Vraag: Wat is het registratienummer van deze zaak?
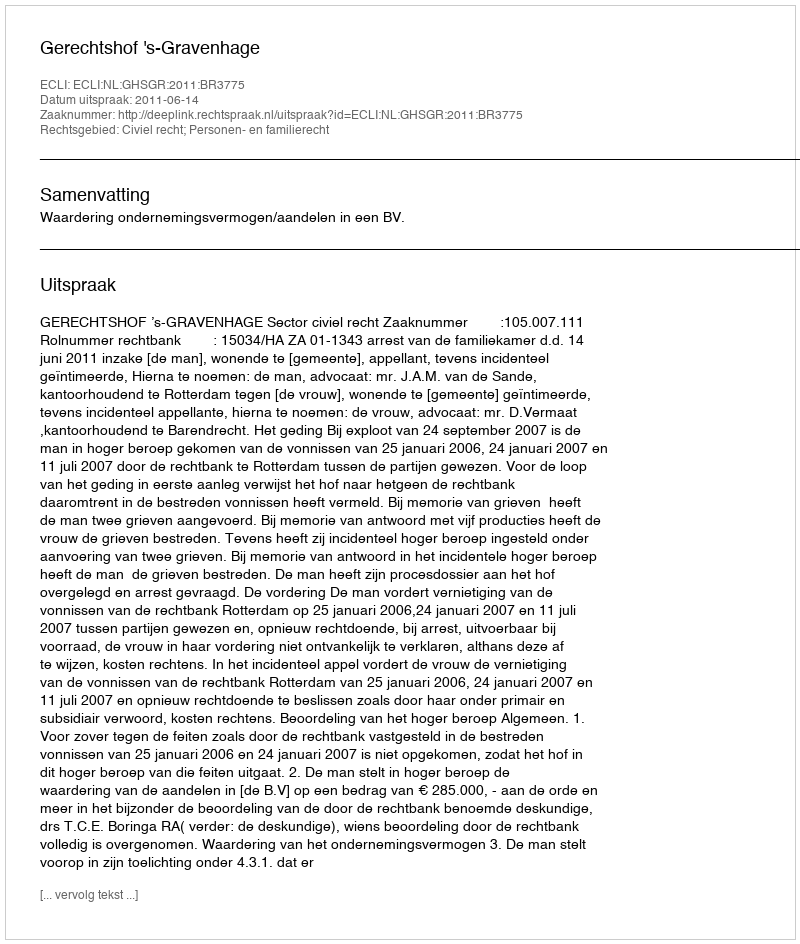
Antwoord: http://deeplink.rechtspraak.nl/uitspraak?id=ECLI:NL:GHSGR:2011:BR3775